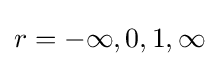
r=-\infty ,0,1,\infty